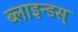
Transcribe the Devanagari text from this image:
ब्लाइन्डस्